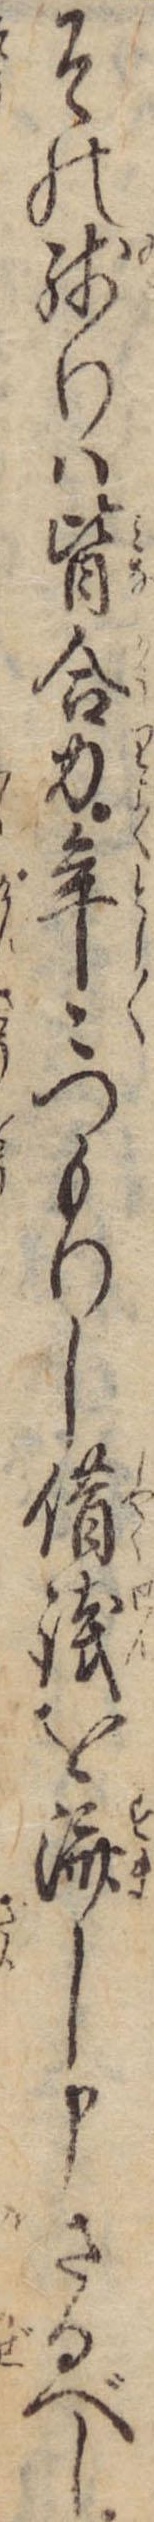
その残りは皆合力年々つもりし借銭を済し申さるべし